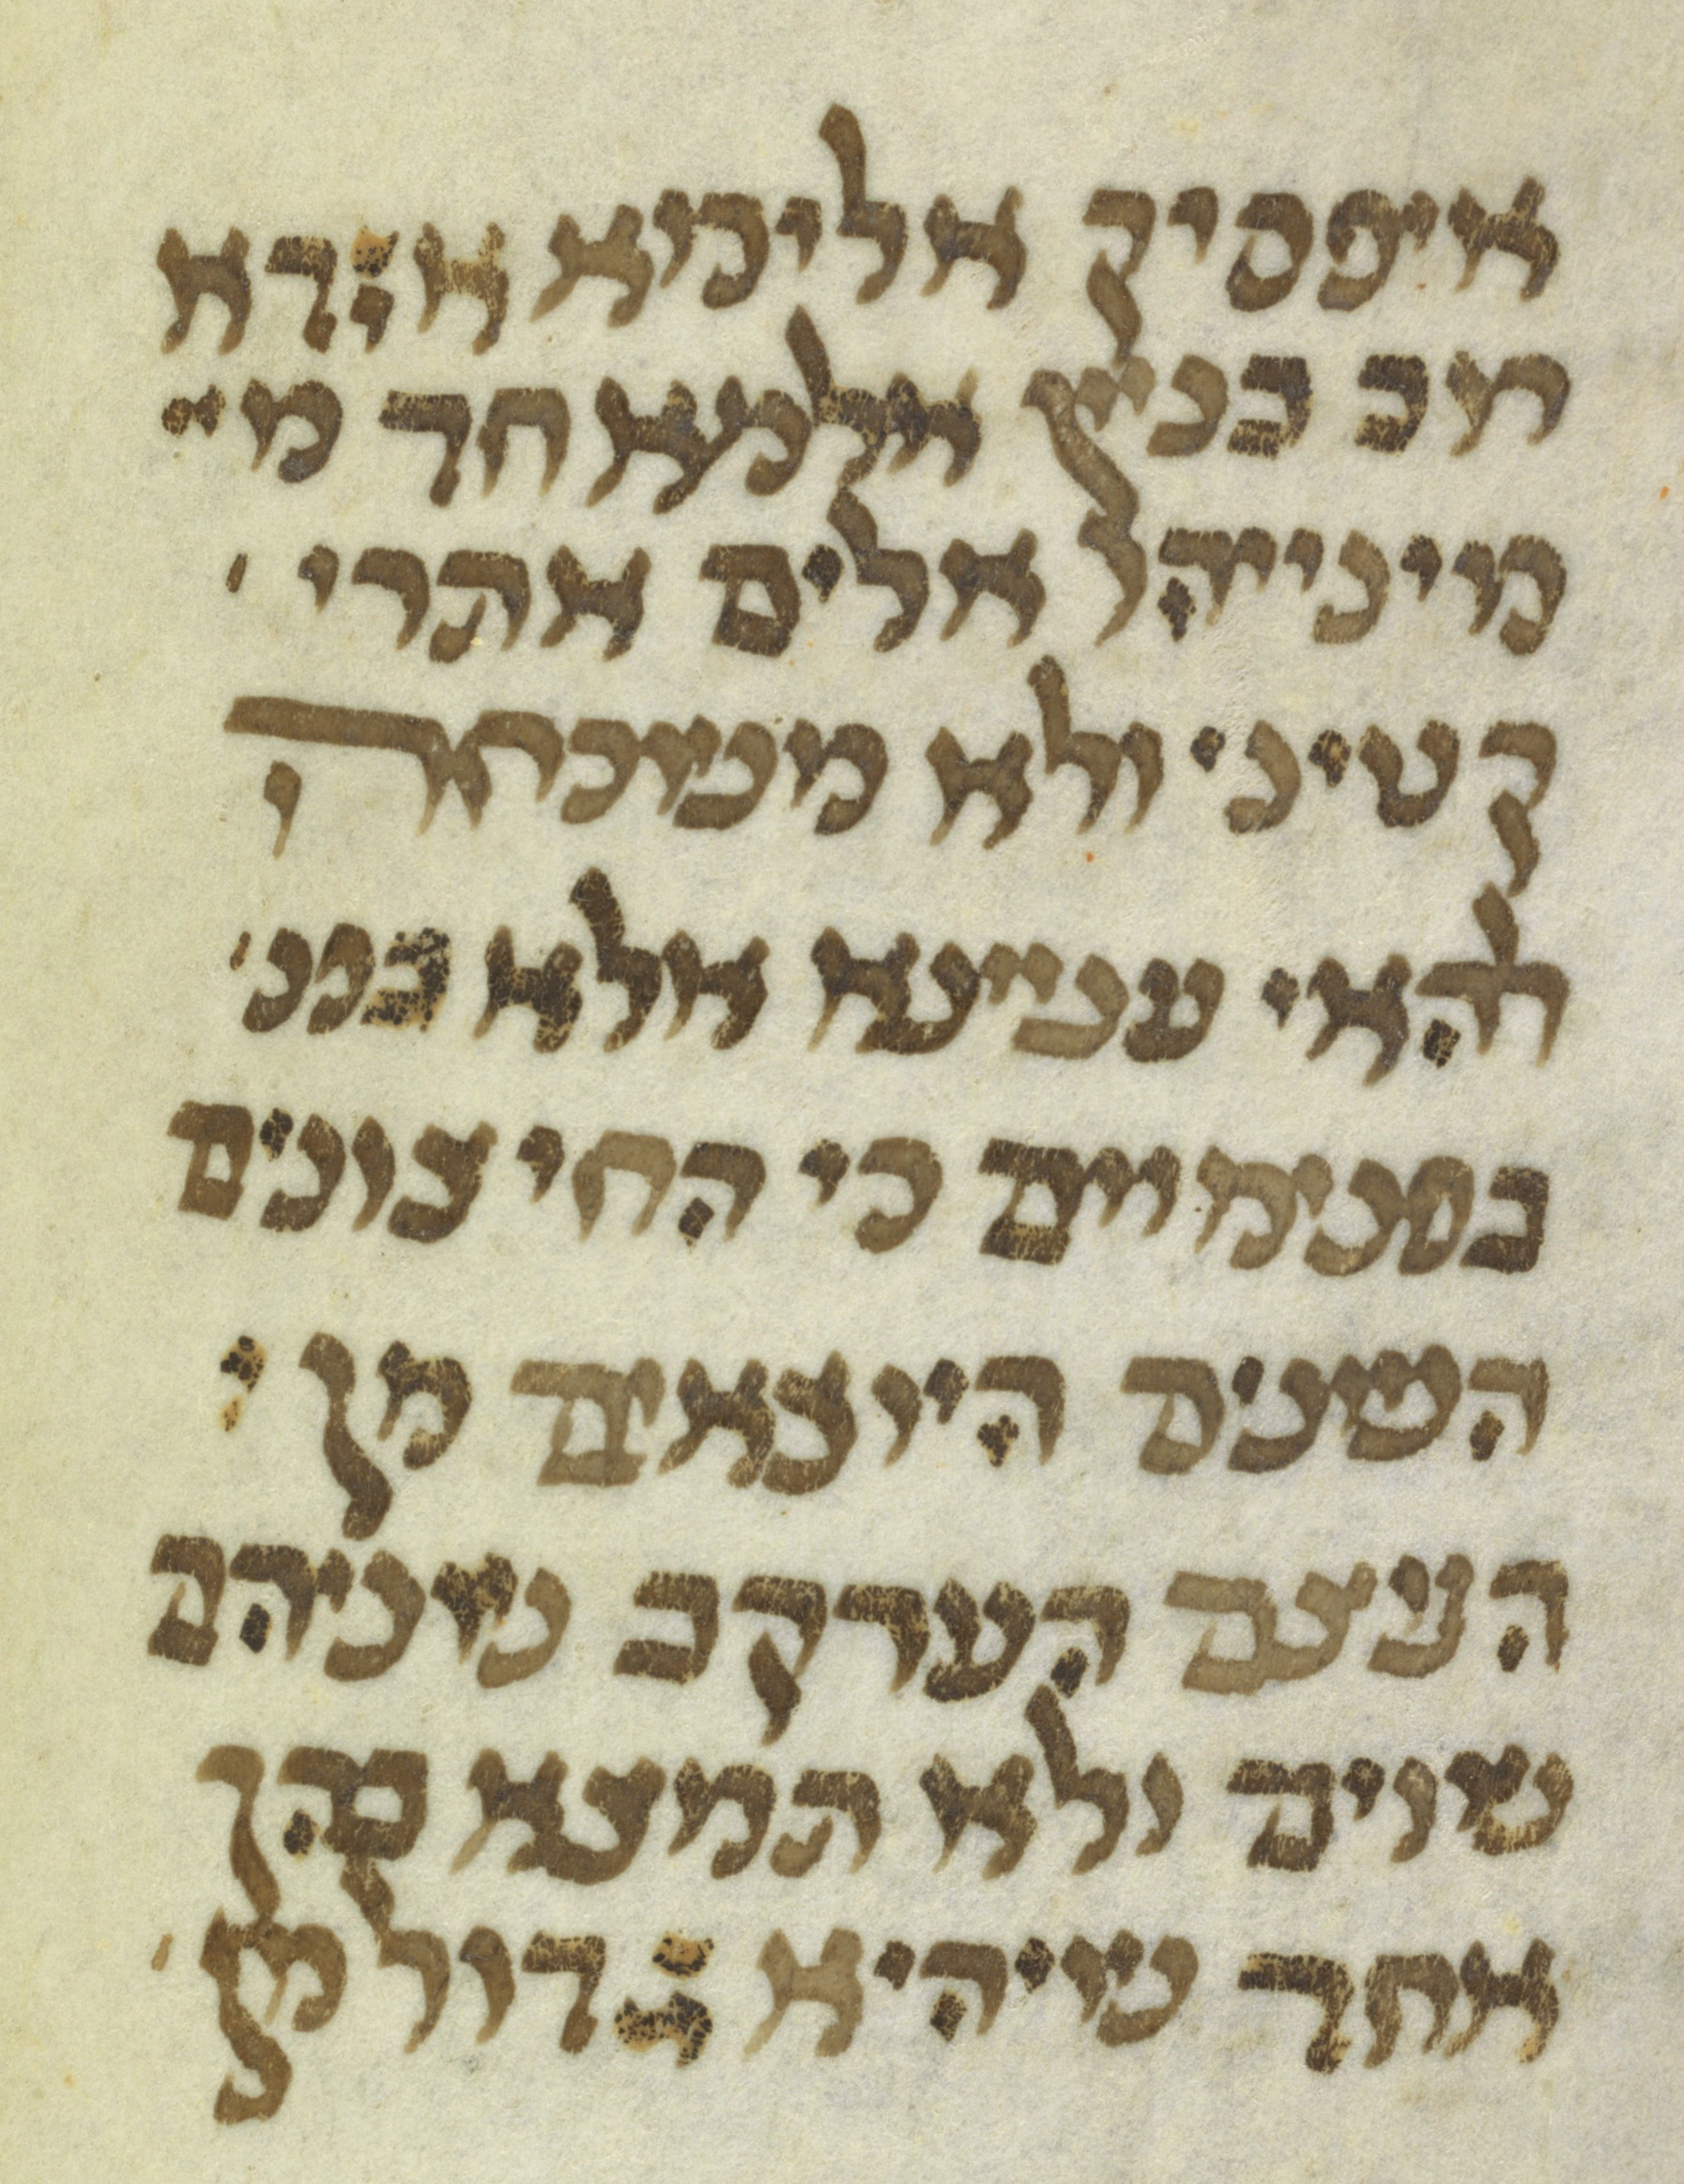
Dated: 1300–1399